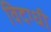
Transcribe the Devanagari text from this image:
विदग्धी